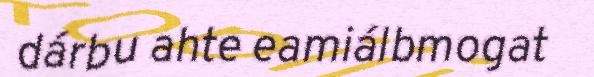
dárbu ahte eamiálbmogat